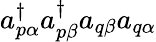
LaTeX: a_{p\alpha}^{\dagger}a_{p\beta}^{\dagger}a_{q\beta}a_{q\alpha}